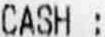
CASH :